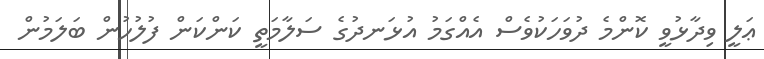
ޢަލީ ވިދާޅުވީ ކޮންމެ ދުވަހަކުވެސް އެއްގަމު އުޅަނދުގެ ސަލާމަތީ ކަންކަން ފުލުހުން ބަލަމުން